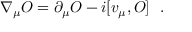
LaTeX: \nabla _ { \mu } { \cal O } = \partial _ { \mu } { \cal O } - i [ v _ { \mu } , { \cal O } ] \ \ .